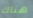
هناك